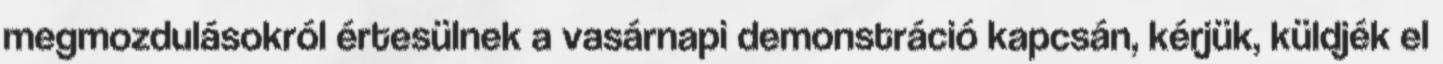
megmozdulásokról értesülnek a vasárnapi demonstráció kapcsán, kérjük, küldjék el